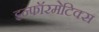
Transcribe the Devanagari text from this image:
इन्‍फॉरमेटिक्‍स